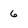
Character: 6